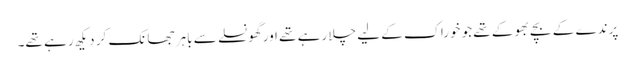
پرندے کے بچے بھوکے تھے جو خوراک کے لیے چلا رہے تھے اور گھونسلے سے باہر جھانک کر دیکھ رہے تھے۔